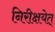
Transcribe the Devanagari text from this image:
निरीक्षयेत्